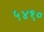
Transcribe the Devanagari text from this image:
५४१०